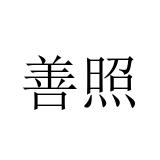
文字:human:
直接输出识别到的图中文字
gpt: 善照